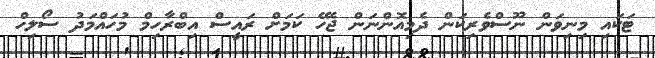
ޓަކައި މިނިވަން ނޫސްވެރިކަން ދެމިއޮންނަން ޖެހޭ ކަމަށް ރައީސް އިބްރާހިމް މުހައްމަދު ސޯލިހް